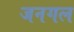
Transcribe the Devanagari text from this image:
जनगल